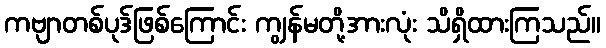
ကဗျာတစ်ပုဒ်ဖြစ်ကြောင်း ကျွန်မတို့အားလုံး သိရှိထားကြသည်။